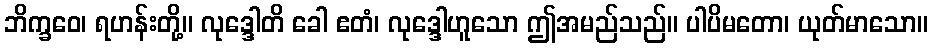
ဘိက္ခဝေ၊ ရဟန်းတို့။ လုဒ္ဒေါတိ ခေါ ဧတံ၊ လုဒ္ဒေါဟူသော ဤအမည်သည်။ ပါပိမတော၊ ယုတ်မာသော။